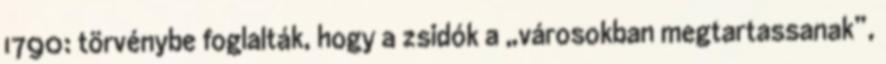
1790: törvénybe foglalták, hogy a zsidók a „városokban megtartassanak”,